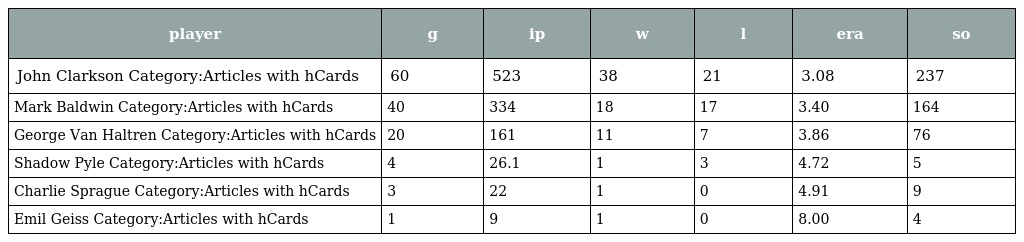
| player | g | ip | w | l | era | so |
 | --- | --- | --- | --- | --- | --- | --- |
 | John Clarkson Category:Articles with hCards | 60 | 523 | 38 | 21 | 3.08 | 237 |
 | Mark Baldwin Category:Articles with hCards | 40 | 334 | 18 | 17 | 3.40 | 164 |
 | George Van Haltren Category:Articles with hCards | 20 | 161 | 11 | 7 | 3.86 | 76 |
 | Shadow Pyle Category:Articles with hCards | 4 | 26.1 | 1 | 3 | 4.72 | 5 |
 | Charlie Sprague Category:Articles with hCards | 3 | 22 | 1 | 0 | 4.91 | 9 |
 | Emil Geiss Category:Articles with hCards | 1 | 9 | 1 | 0 | 8.00 | 4 |